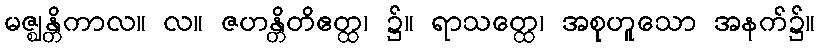
မဇ္ဈန္တိကာလ။ လ။ ဇဟန္တိတိဧတ္ထ၊ ၌။ ရာသတ္ထေ၊ အစုဟူသော အနက်၌။